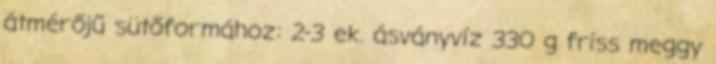
átmérőjű sütőformához: 2-3 ek. ásványvíz 330 g friss meggy